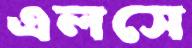
এলসে